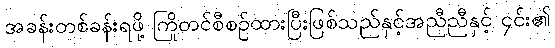
အခန်းတစ်ခန်းရဖို့ ကြိုတင်စီစဉ်ထားပြီးဖြစ်သည်နှင့်အညီညီနှင့် ၄င်း၏